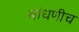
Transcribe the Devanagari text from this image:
बांधणीच